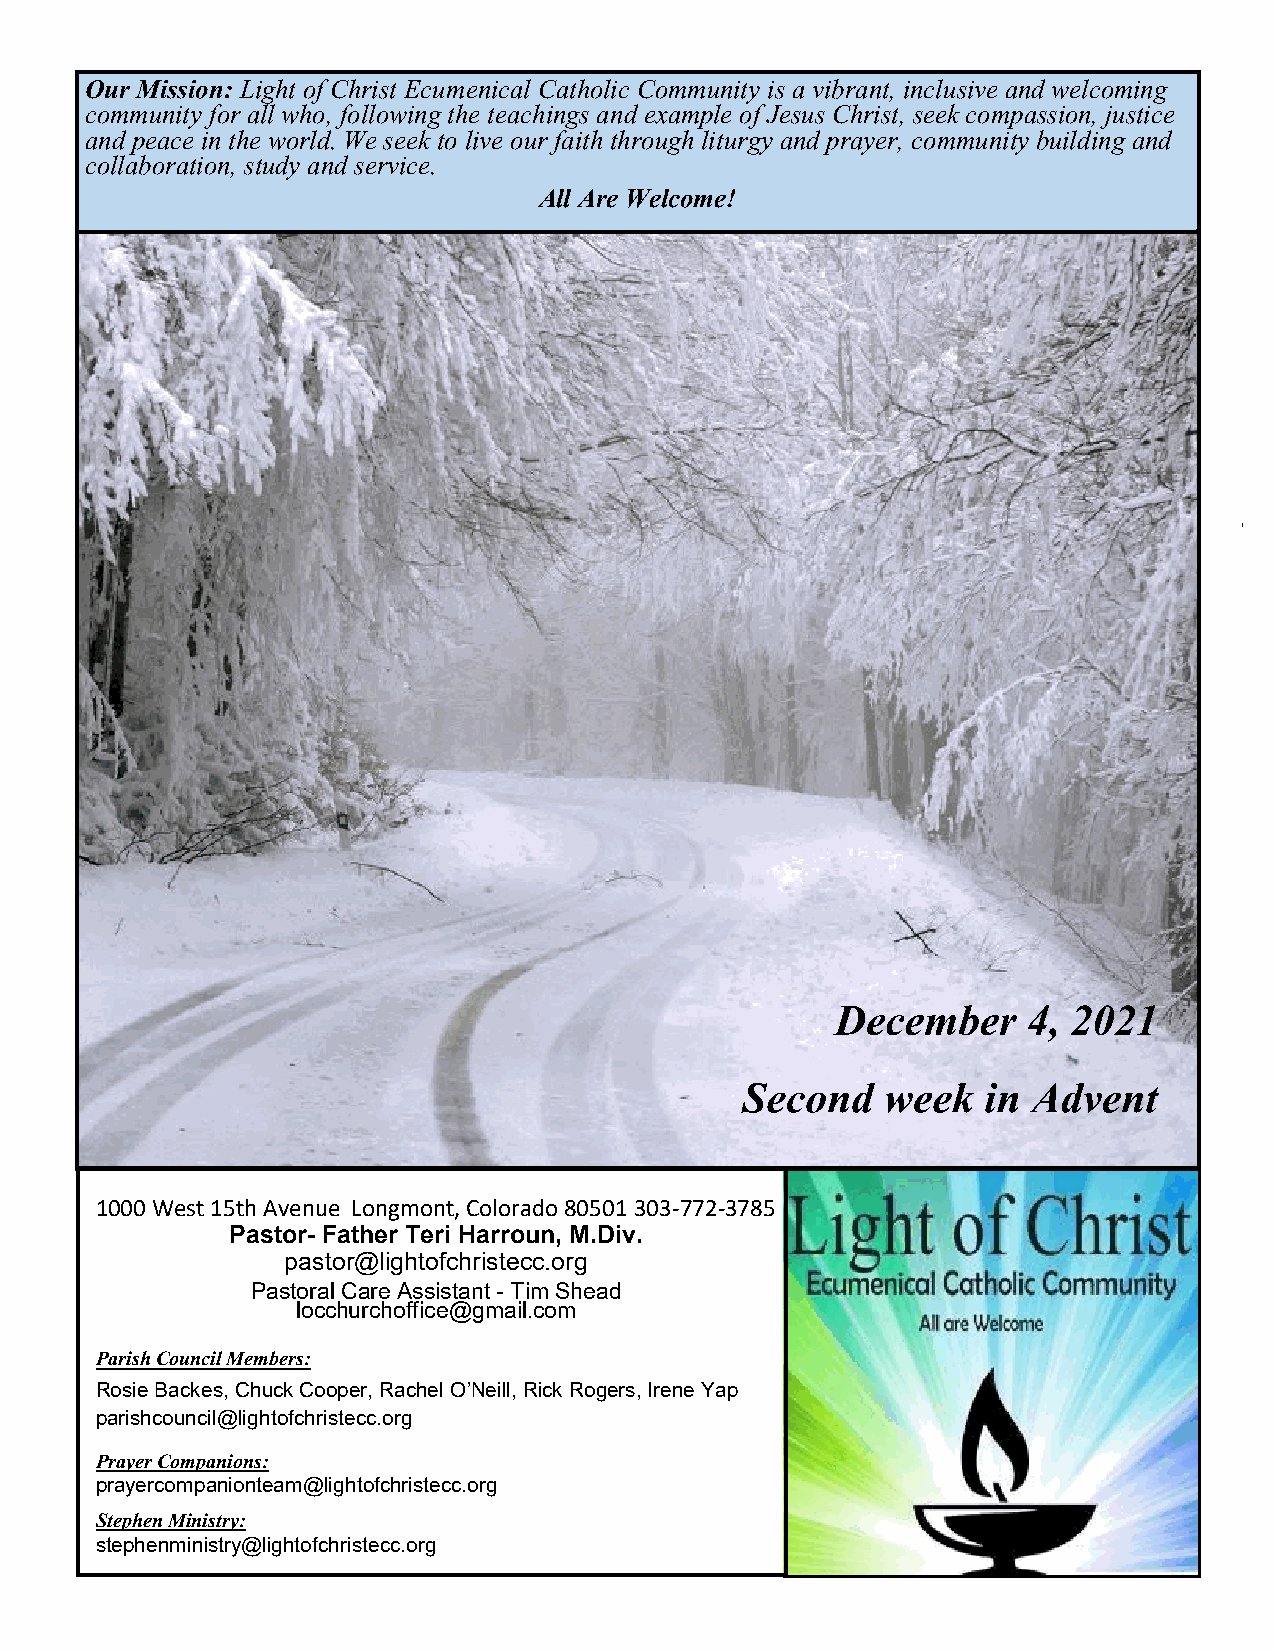
Our Mission: Light of Christ Ecumenical Catholic Community is a vibrant, inclusive and welcoming
 community for all who, following the teachings and example of Jesus Christ, seek compassion, justice
 and peace in the world. We seek to live our faith through liturgy and prayer, community building and
 collaboration, study and service.
 All Are Welcome!
 December     4, 2021
 Second    week  in Advent
 1000 West 15th Avenue Longmont, Colorado 80501 303-772-3785
 Pastor- Father Teri Harroun, M.Div.
 pastor@lightofchristecc.org
 Pastoral Care Assistant - Tim Shead
 locchurchoffice@gmail.com
 Parish Council Members:
 Rosie Backes, Chuck Cooper, Rachel O’Neill, Rick Rogers, Irene Yap
 parishcouncil@lightofchristecc.org
 Prayer Companions:
 prayercompanionteam@lightofchristecc.org
 Stephen Ministry:
 stephenministry@lightofchristecc.org